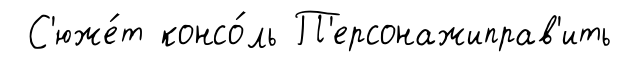
С'юже́т консо́ль П'ерсонажиправ'ить